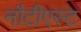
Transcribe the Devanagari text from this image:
नौटीएस्ट